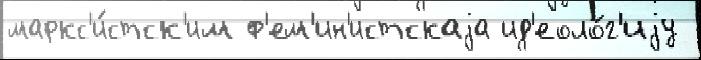
маркс'и́стск'им ф'ем'ин'истскаjа ид'еоло́г'иjу